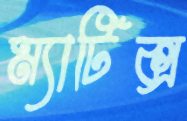
ম্যাটিক্স